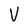
Character: V